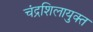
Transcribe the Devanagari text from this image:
चंद्रशिलायुक्त